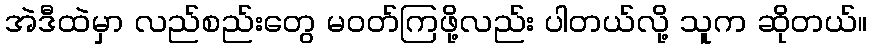
အဲဒီထဲမှာ လည်စည်းတွေ မဝတ်ကြဖို့လည်း ပါတယ်လို့ သူက ဆိုတယ်။